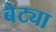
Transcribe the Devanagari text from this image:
बेट्या